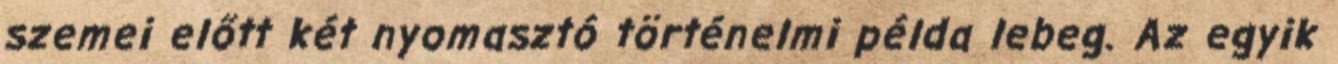
szemei előtt két nyomasztó történelmi példa lebeg. Az egyik